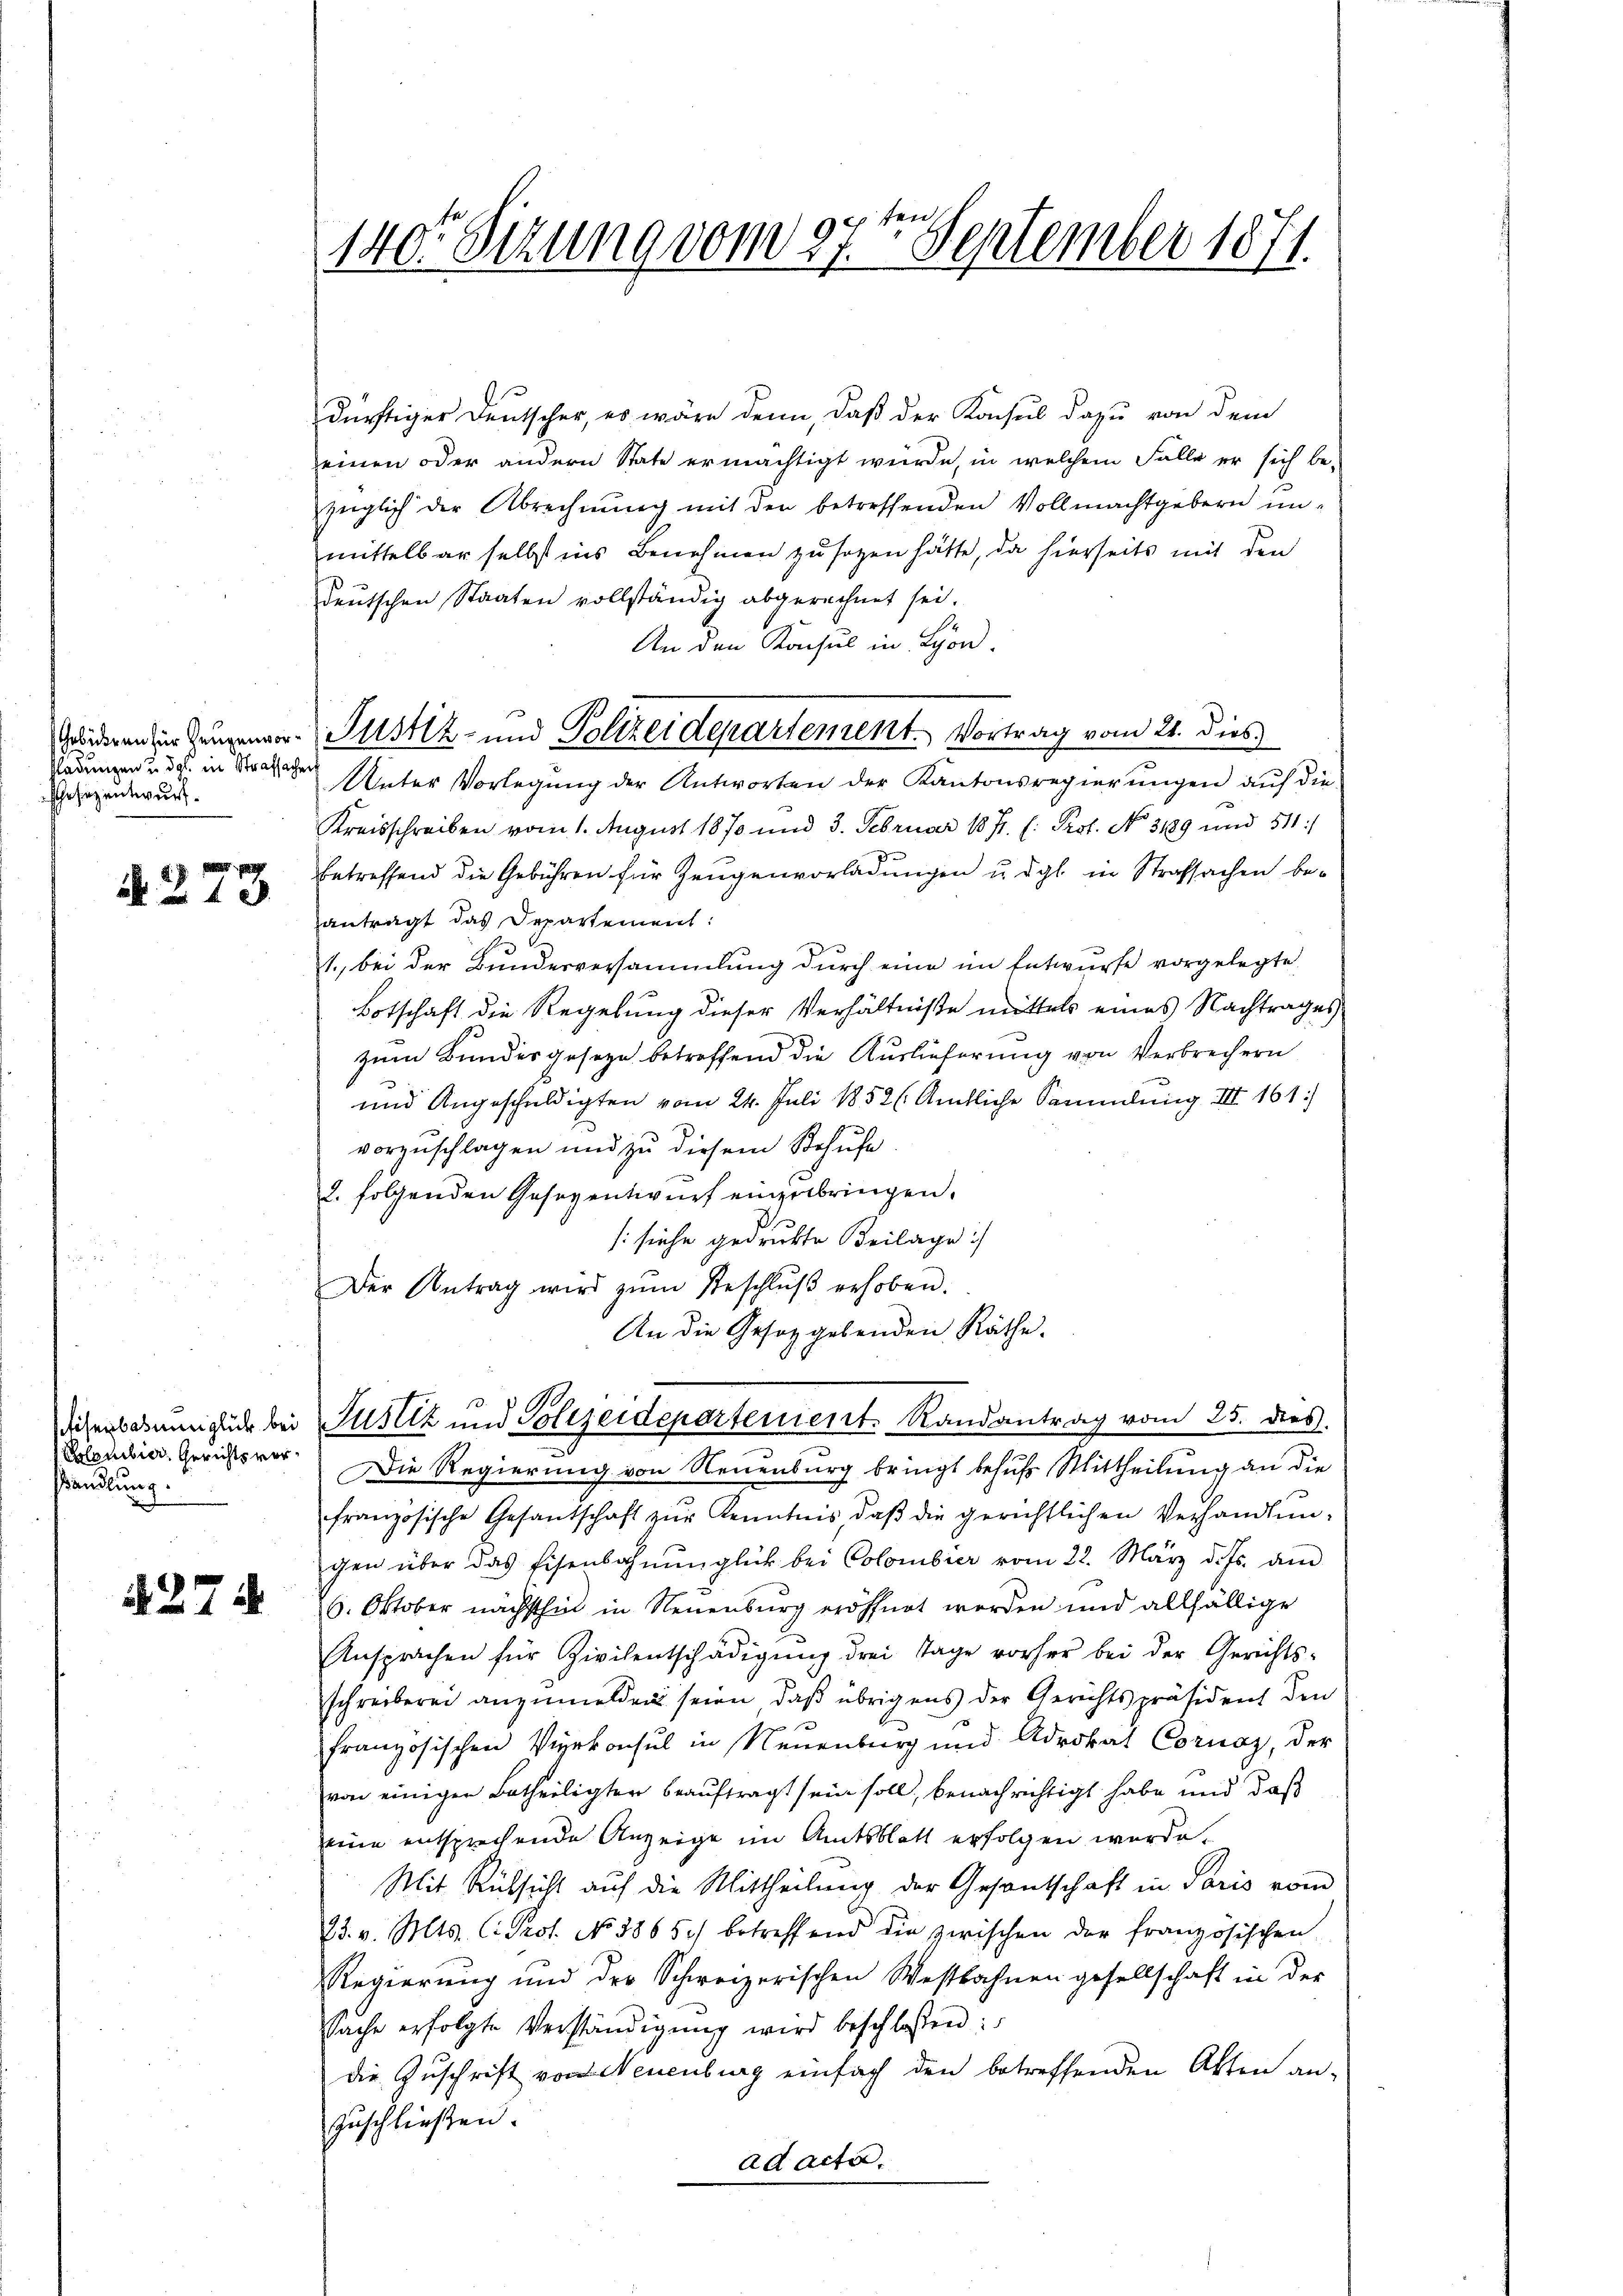
Gebühren für Zeugenvor¬
Kladungen u. dgl. in Strafsachen
Ersezentwurf.

§ 273

Polemibier, Gerichtsverhandlung.

27 5

140. Sitzung vom 27ten September 1871.

Die Regierung von Neuenburg bringt behufs Mittheilung an die
französische Gesantschaft zŭr Kenntnis daβ die gerichtlichen Verhandlŭn-
gen über das Eisenbahnŭnglich bei Colombier vom 22. März d. Js. am
6. Oktober nächsthin in Neuenburg eröffnet werden und allfällige
Ansprachen für Zivilentschädigŭng drei Tage vorher bei der Gerichts-
schreiberei anzumelden seien, daß übrigens der Gerichtspräsident den
französischen Verkonsul in Neuenburg und Advokat Cornaz, der
von einigen Betheiligten beauftragt sein soll, benachrichtigt habe und daß
eine entsprechende Anzeige im Amtsblatt erfolgen werde.
Mit Rücksicht auf die Mittheilung der Gesantschaft in Paris vom
23. v. Mts. C. Prof. No 8865) betreffend die zwischen der französischen
Regierung und der Schweizerischen Westbahnen gesellschaft in der
Sache erfolgte Verständigŭng wird beschlossen:
die Zuschrift von Neuenburg einfach den betreffenden Akten an-
zuschließen.
ad acta.

dürftiger Deutscher, es wäre denn, daß der Konsul dazu von dem
einen oder andern State ermächtigt wurde, in welchem Falle er sich be-
züglich der Abrechnung mit den betreffenden Vollmachtgebern unmittelbar selbst ins Benehmen zu sagen hätte, da hierseits mit den
deutschen Staaten vollständig abgerechnet sei.
An den Konsul in Lyon.
Unter Vorlegung der Antworten der Kantonsregierungen auf die
Kreisschreiben vom 1. August 1870 und 3. Februar 1871. l. Prof. No. 3189 und 511:
betreffend die Gebühren für Zeugenvorladungen u. dgl. in Strafsachen beantragt das Departement:
1., bei der Bundesversammlung durch eine im Entwurfe vorgelegte
Botschaft die Regelung dieser Verhältniße mittels eines Nachtrages
zum Bundesgeseze betreffend die Auslieferung von Verbrechern
und Angeschuldigten vom 24. Juli 1852 (Amtliche Sammlung III 161.
vorzuschlagen und zu diesem Schuhe
2. folgenden Gesezentwurf einzubringen.
[siehe gedrukte Beilage :/
Der Antrag wird zŭm Beschlŭβ erhoben.
An die Gesetzgebenden Räthe.

Justiz- und Polizeidepartement. Vortrag vom 21. dies

Disenbauengute bei Justiz und Polizeidepartenient. Randantrag vom 25. dies